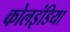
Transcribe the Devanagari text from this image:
कोलइंडिया